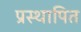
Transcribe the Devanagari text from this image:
प्रस्‍थापित